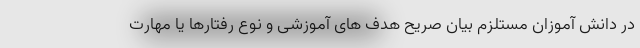
در دانش آموزان مستلزم بیان صریح هدف های آموزشی و نوع رفتارها یا مهارت